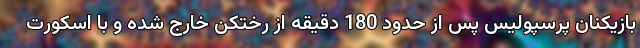
بازیکنان پرسپولیس پس از حدود 180 دقیقه از رختکن خارج شده و با اسکورت